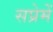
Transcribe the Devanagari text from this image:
सप्रेमें